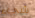
شيء